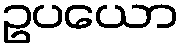
ဥပယော